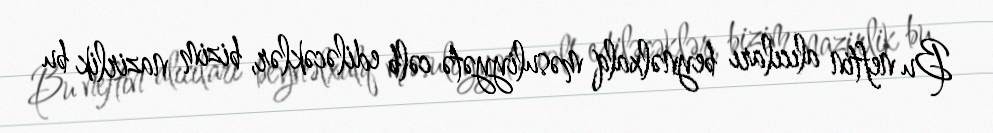
Bu neftin alıcıları beynəlxalq məsuliyyətə cəlb ediləcəklər, bizim nazirlik bu